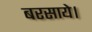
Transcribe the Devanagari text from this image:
बरसाये।